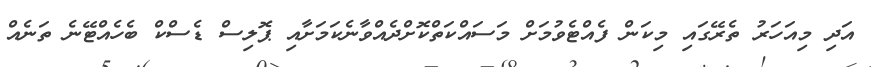
އަދި މިއަހަރު ތެރޭގައި މިކަން ފެއްޓެވުމަށް މަސައްކަތްކޮށްދެއްވާނެކަމަށާއި ޕޮލިސް ޑެސްކް ބެހެއްޓޭނެ ތަނެއް